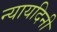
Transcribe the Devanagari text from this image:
न्यायदिनी